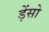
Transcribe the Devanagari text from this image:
ड़ेंसो